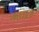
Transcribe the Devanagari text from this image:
मखाला